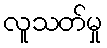
လူသတ်မှု